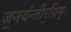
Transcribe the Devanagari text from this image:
ज॒नय॑न्तीर॒ग्निम्।